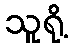
သူရို့